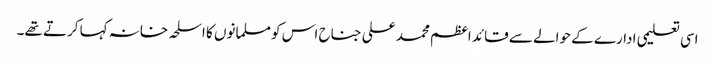
اسی تعلیمی ادارے کے حوالے سے قائد اعظم محمد علی جناح اس کو مسلمانوں کا اسلحہ خانہ کہا کرتے تھے۔